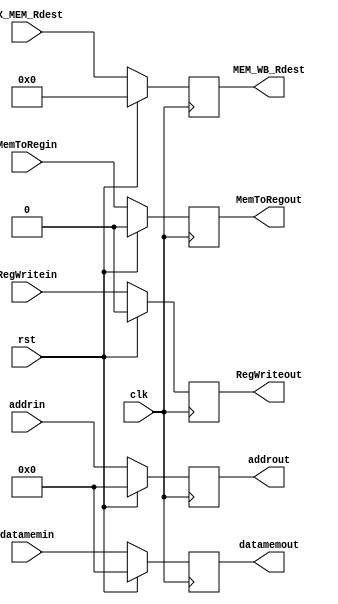
module MEM_WB_reg(addrin,addrout,datamemin,datamemout,MemToRegin,MemToRegout,EX_MEM_Rdest,MEM_WB_Rdest,RegWritein,RegWriteout,clk,rst);
input [31:0] addrin,datamemin;
input MemToRegin,RegWritein,clk,rst;
input [4:0] EX_MEM_Rdest;
output reg [31:0] addrout,datamemout;
output reg MemToRegout,RegWriteout;
output reg [4:0] MEM_WB_Rdest;

always @(posedge clk) begin
if (rst) begin
addrout=32'h000000;datamemout=32'h000000;
MemToRegout=0;RegWriteout=0;
MEM_WB_Rdest=5'b00000;
end
else
begin
addrout=addrin;datamemout=datamemin;
MemToRegout=MemToRegin;RegWriteout=RegWritein;
MEM_WB_Rdest=EX_MEM_Rdest;
end
end

endmodule